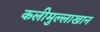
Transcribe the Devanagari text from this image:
कलीमुल्लाखान